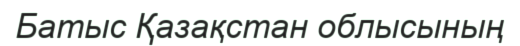
Батыс Қазақстан облысының